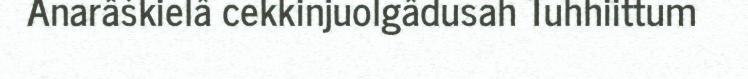
Anarâškielâ cekkinjuolgâdusah Tuhhiittum